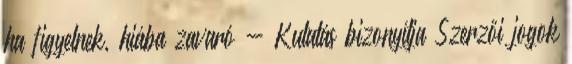
ha figyelnek, hiába zavaró - Kutatás bizonyítja Szerzői jogok